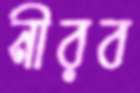
নীরব